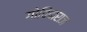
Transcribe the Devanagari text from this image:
गोविंदाराज